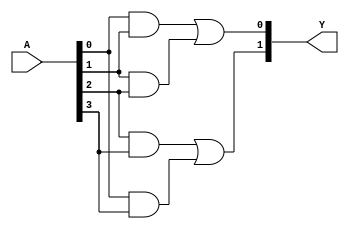
module FusedPAL (
    input wire [N-1:0] A,  // Input signals (A, B, C, ..., N)
    output wire [M-1:0] Y  // Output signals (Y1, Y2, ..., Ym)
);

// Parameter definitions
parameter N = 4; // Number of inputs
parameter M = 2; // Number of outputs
parameter P = 4; // Number of programmable AND gates

// Internal wires for AND gate outputs
wire [P-1:0] and_out;

// Programmable AND array
// Each AND gate can be programmed to connect any subset of inputs
genvar i;
generate
    for (i = 0; i < P; i = i + 1) begin : and_array
        // Example programming: 
        // You can modify the connections based on your specific requirements
        case (i)
            0: assign and_out[i] = A[0] & A[1]; // AND gate 0
            1: assign and_out[i] = A[1] & A[2]; // AND gate 1
            2: assign and_out[i] = A[2] & A[3]; // AND gate 2
            3: assign and_out[i] = A[0] & A[3]; // AND gate 3
            default: assign and_out[i] = 1'b0;   // Default case
        endcase
    end
endgenerate

// Fixed OR array
// Combine outputs of the AND gates to produce final outputs
assign Y[0] = and_out[0] | and_out[1]; // Output Y1
assign Y[1] = and_out[2] | and_out[3]; // Output Y2

endmodule